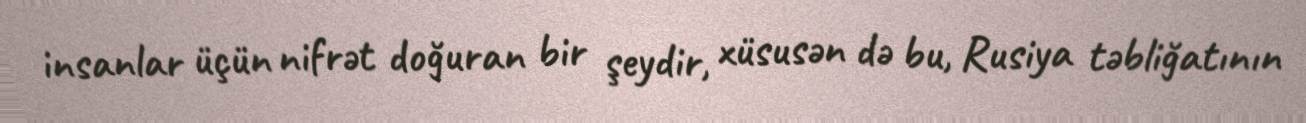
insanlar üçün nifrət doğuran bir şeydir, xüsusən də bu, Rusiya təbliğatının